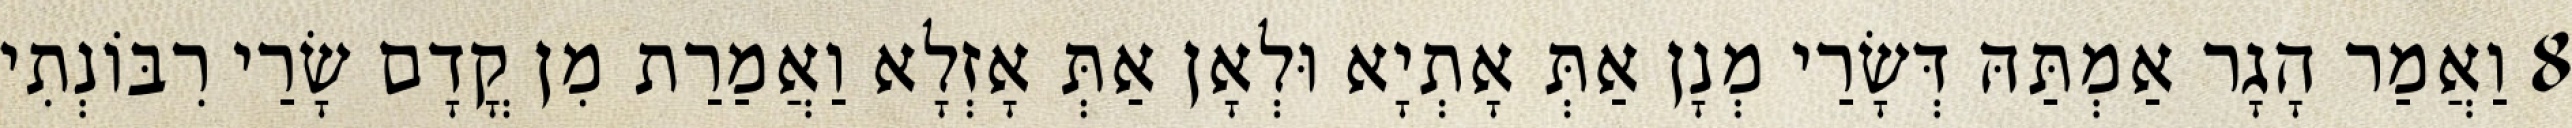
8 וַאֲמַר הָגָר אַמְתַּהּ דְּשָׂרַי מְנָן אַתְּ אָתְיָא וּלְאָן אַתְּ אָזְלָא וַאֲמַרַת מִן קֳדָם שָׂרַי רִבּוֹנְתִי